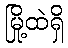
မြို့ထဲရှိ